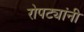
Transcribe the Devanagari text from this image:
रोपट्यांनी